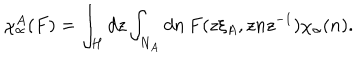
LaTeX: \chi _ { \alpha } ^ { A } ( F ) = \int _ { H } d z \int _ { N _ { A } } d n \, F ( z \xi _ { A } , z n z ^ { - 1 } ) \chi _ { \alpha } ( n ) .